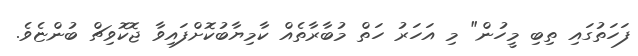
ފަހަތުގައި ތިބި މީހުން" މި އަހަރު ހަތް މުބާރާތެއް ކާމިޔާބުކޮށްފައިވާ ޖޮކޮވިޗް ބުންޏެވެ.